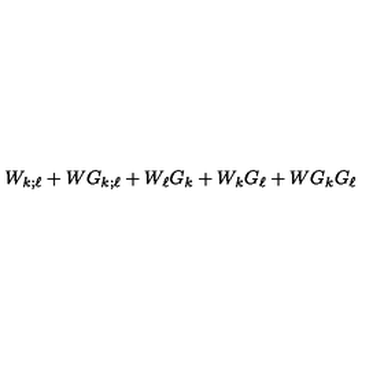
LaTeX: W _ { k ; \ell } + W G _ { k ; \ell } + W _ { \ell } G _ { k } + W _ { k } G _ { \ell } + W G _ { k } G _ { \ell }